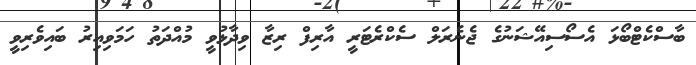
ބާސްކެޓްބޯޅަ އެސޯސިއޭޝަނުގެ ޖެނެރަލް ސެކްރެޓަރީ އާރިފް ރިޒާ ވިދާޅުވީ މުއްދަތު ހަމަވިއިރު ބައިވެރިވީ